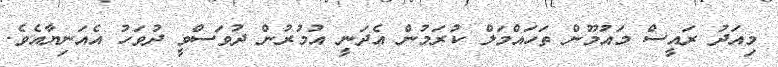
މިއަދު ރައީސް މައުމޫން ތަހައްމަލް ކުރަމުން އެދަނީ އުމުރުން ދުވަސްވީ ދުވަހު އެއަނިޔާއެވެ.